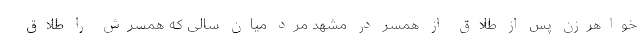
خواهرزن پس از طلاق از همسر در مشهد مرد میان سالی که همسرش را طلاق